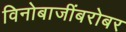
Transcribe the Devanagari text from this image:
विनोबाजींबरोबर